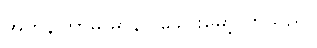
အတန်ကြာမှ မာနာ ခေါင်းမော့လာသည်။